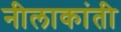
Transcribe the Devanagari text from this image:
नीलाकांती